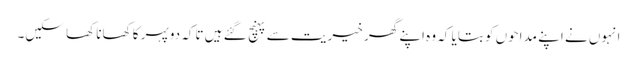
انہوں نے اپنے مداحوں کو بتایا کہ وہ اپنے گھر خیریت سے پہنچ گئے ہیں تاکہ دوپہر کا کھانا کھا سکیں۔